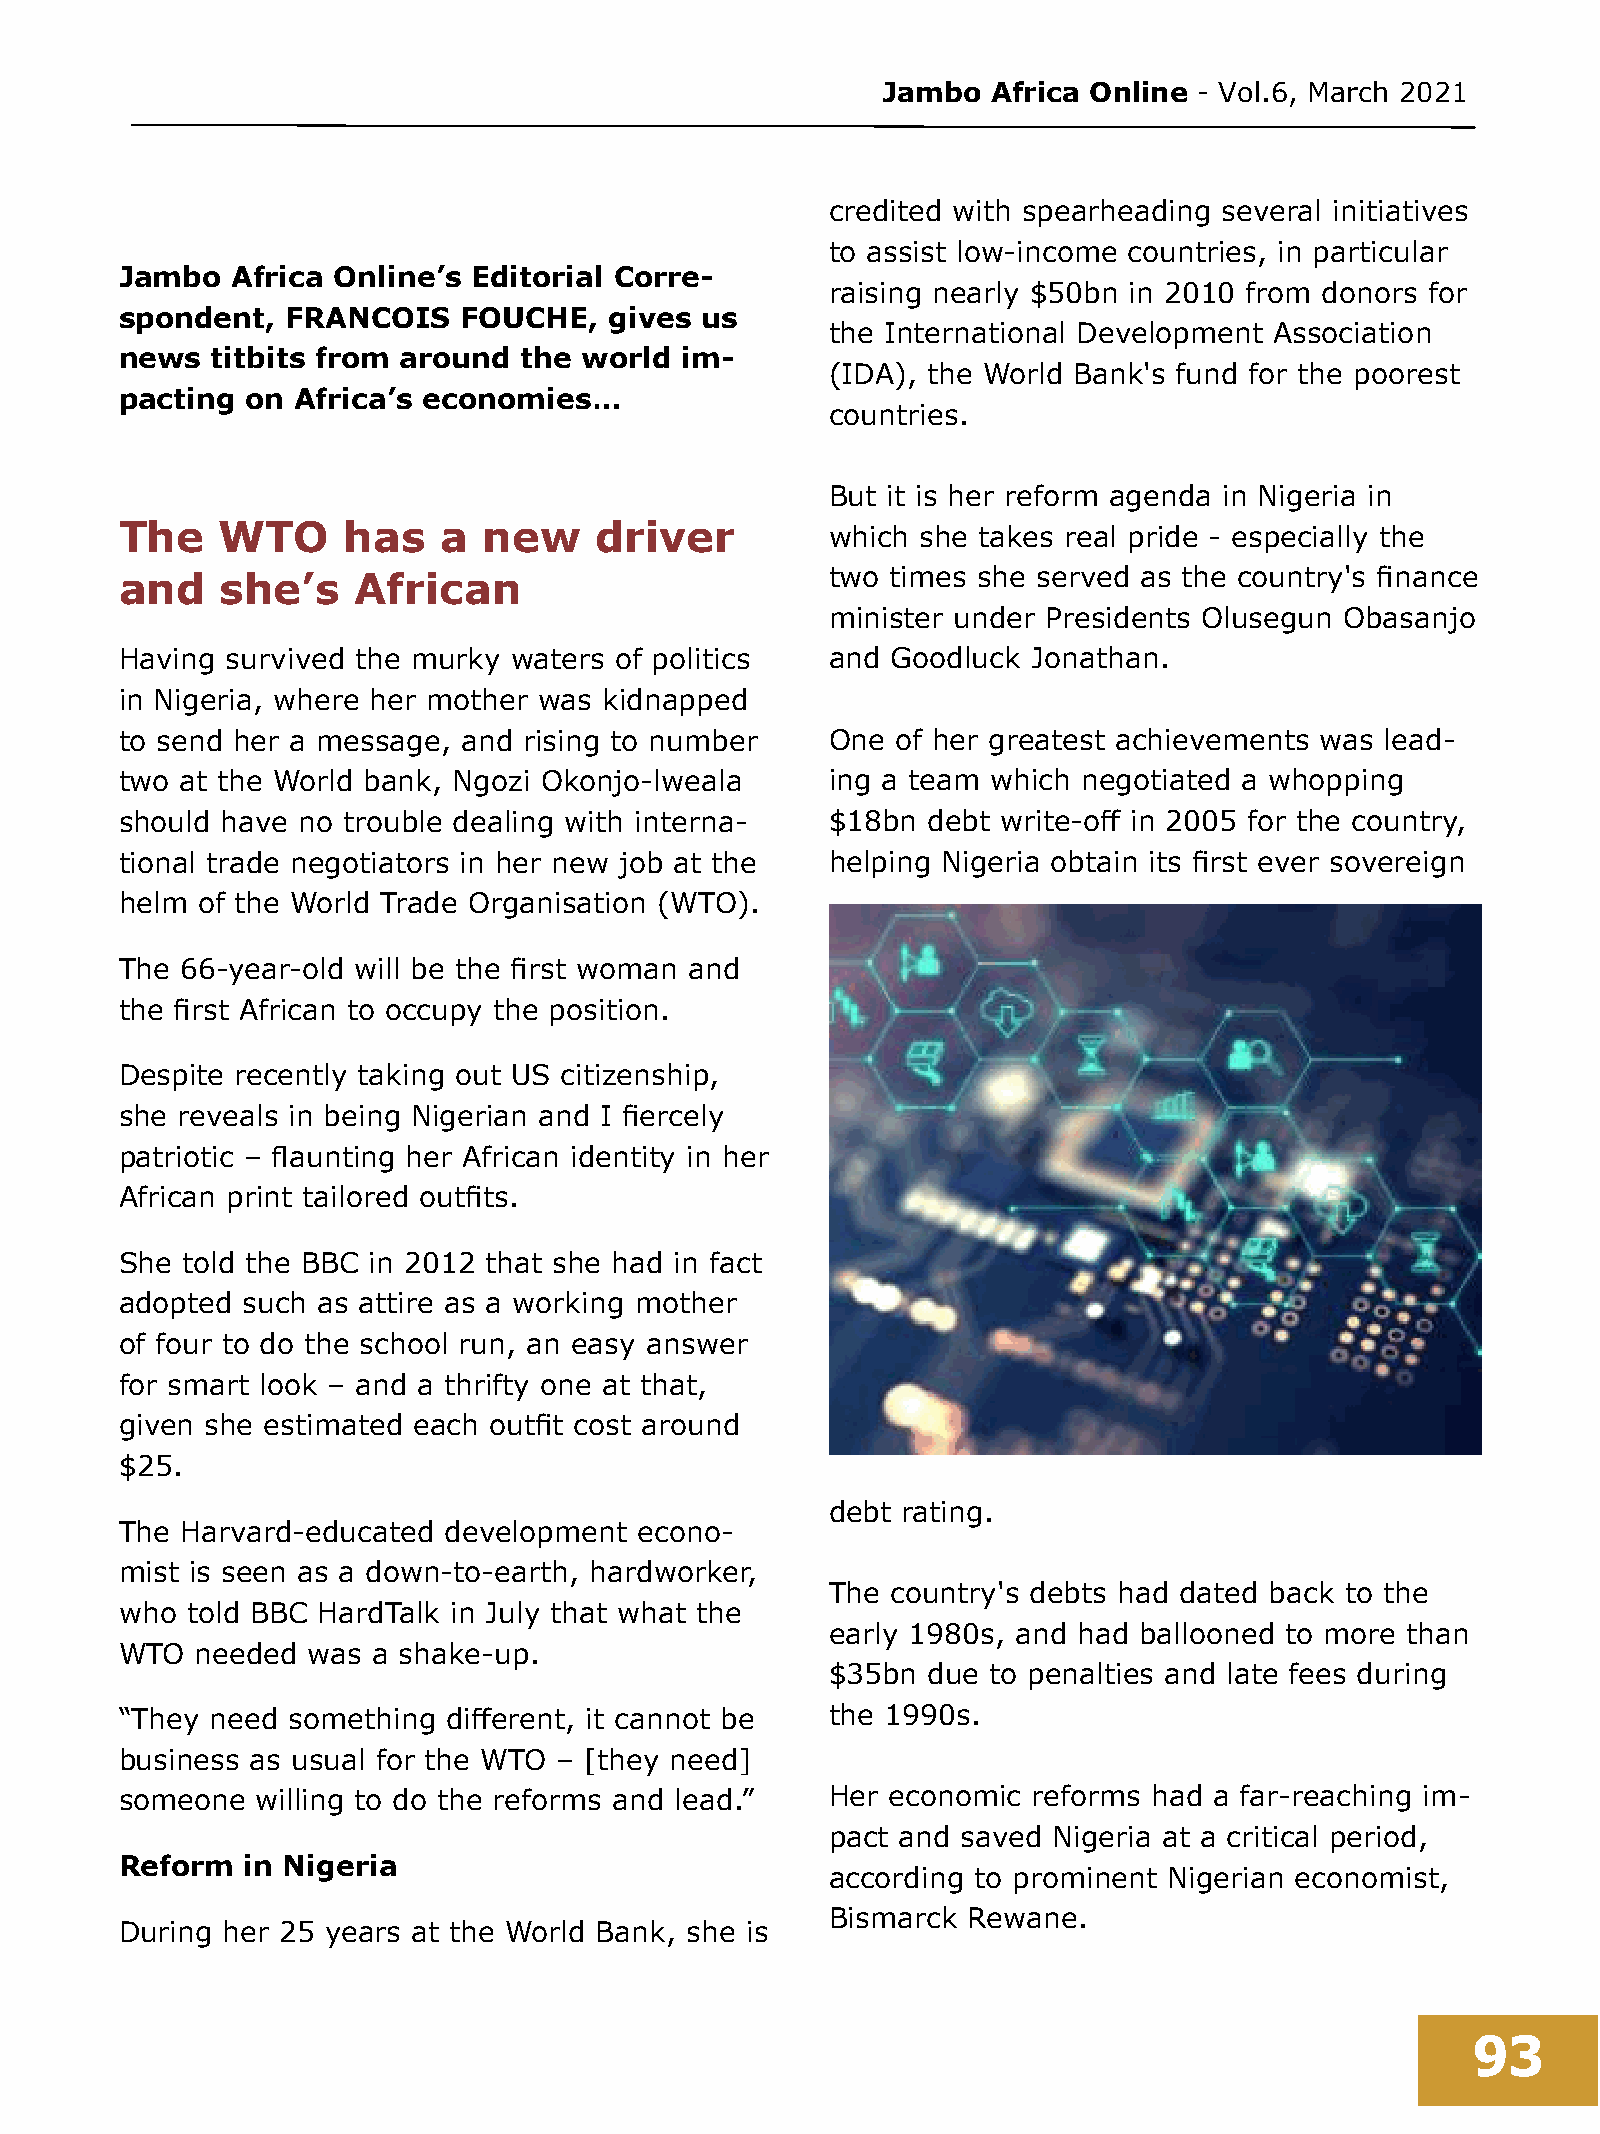
Jambo   Africa Online - Vol.6, March 2021
 credited with spearheading several initiatives
 to assist low-income countries, in particular
 Jambo  Africa Online’s Editorial Corre-
 raising nearly $50bn in 2010 from donors for
 spondent,  FRANCOIS    FOUCHE,  gives us
 the International Development Association
 news  titbits from around the  world im-
 (IDA), the World Bank's fund for the poorest
 pacting on  Africa’s economies…
 countries.
 But it is her reform agenda in Nigeria in
 The   WTO      has   a  new    driver          which she takes real pride - especially the
 and    she’s   African                         two times she served as the country's finance
 minister under Presidents Olusegun Obasanjo
 Having survived the murky waters of politics   and Goodluck Jonathan.
 in Nigeria, where her mother was kidnapped
 to send her a message, and rising to number    One of her greatest achievements was lead-
 two at the World bank, Ngozi Okonjo-lweala     ing a team which negotiated a whopping
 should have no trouble dealing with interna-   $18bn debt write-off in 2005 for the country,
 tional trade negotiators in her new job at the helping Nigeria obtain its first ever sovereign
 helm of the World Trade Organisation (WTO).
 The 66-year-old will be the first woman and
 the first African to occupy the position.
 Despite recently taking out US citizenship,
 she reveals in being Nigerian and I fiercely
 patriotic – flaunting her African identity in her
 African print tailored outfits.
 She told the BBC in 2012 that she had in fact
 adopted such as attire as a working mother
 of four to do the school run, an easy answer
 for smart look – and a thrifty one at that,
 given she estimated each outfit cost around
 $25.
 debt rating.
 The Harvard-educated development  econo-
 mist is seen as a down-to-earth, hardworker,
 The country's debts had dated back to the
 who told BBC HardTalk in July that what the
 early 1980s, and had ballooned to more than
 WTO  needed was  a shake-up.
 $35bn due  to penalties and late fees during
 “They need something  different, it cannot be  the 1990s.
 business as usual for the WTO – [they need]
 someone  willing to do the reforms and lead.”  Her economic reforms had a far-reaching im-
 pact and saved Nigeria at a critical period,
 Reform  in Nigeria
 according to prominent Nigerian economist,
 Bismarck Rewane.
 During her 25 years at the World Bank, she is
 93